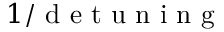
1 / \mathrm { ~ d ~ e ~ t ~ u ~ n ~ i ~ n ~ g ~ }